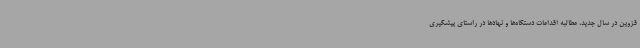
قزوین در سال جدید، مطالبه اقدامات دستگاه‌ها و نهادها در راستای پیشگیری